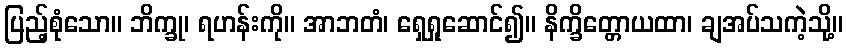
ပြည့်စုံသော။ ဘိက္ခု၊ ရဟန်းကို။ အာဘတံ၊ ရှေရှုဆောင်၍။ နိက္ခိတ္တောယထာ၊ ချအပ်သကဲ့သို့။